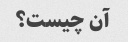
آن چیست؟